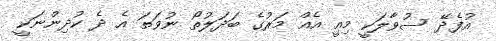
އުފެދޭ ސުވާލަކީ މިއީ އެއް މަރުގެ ބަދަލުތޯ ނުވަތަ އެ ދެ ކުދިންނަކީ